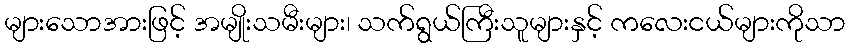
များသောအားဖြင့် အမျိုးသမီးများ၊ သက်ရွယ်ကြီးသူများနှင့် ကလေးငယ်များကိုသာ